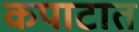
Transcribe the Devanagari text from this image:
कपाटात